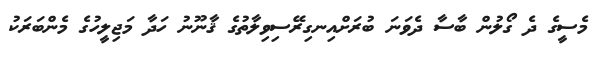
މެސީގެ ދެ ގޯލުން ބާސާ ދެވަނަ ބުރަށްއިނގިރޭސިވިލާތުގެ ޤާނޫނު ހަދާ މަޖިލީހުގެ މެންބަރަކު